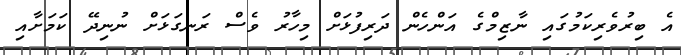
އެ ބިރުވެރިކަމުގައި ނާޒިމްގެ އަންހެން ދަރިފުޅަށް މިހާރު ވެސް ރަނގަޅަށް ނުނިދޭ ކަމަށާއި